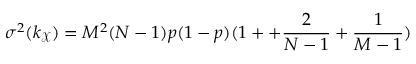
\sigma ^ { 2 } ( k _ { \mathcal { X } } ) = M ^ { 2 } ( N - 1 ) p ( 1 - p ) ( 1 + + \frac { 2 } { N - 1 } + \frac { 1 } { M - 1 } )